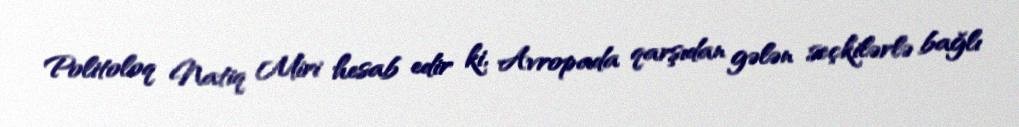
Politoloq Natiq Miri hesab edir ki, Avropada qarşıdan gələn seçkilərlə bağlı